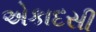
એકાદસી